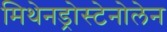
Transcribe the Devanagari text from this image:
मिथेनड्रोस्टेनोलेन